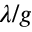
\lambda / g